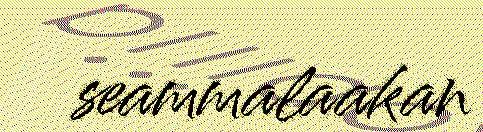
seammalaakan